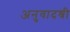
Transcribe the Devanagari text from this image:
अनुवादश्री